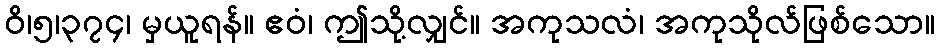
ဝိ၊၅၊၃၇၄၊ မှယူရန်။ ဧဝံ၊ ဤသို့လျှင်။ အကုသလံ၊ အကုသိုလ်ဖြစ်သော။